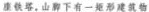
座铁塔，山下有一矩形建筑物